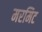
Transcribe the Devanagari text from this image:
मरमिट